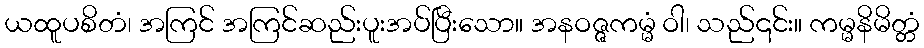
ယထူပစိတံ၊ အကြင် အကြင်ဆည်းပူးအပ်ပြီးသော။ အနဝဇ္ဇကမ္မံ ဝါ၊ သည်၎င်း။ ကမ္မနိမိတ္တံ